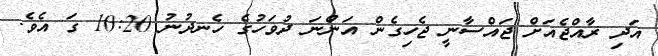
އަދި ރާއްޖެއަށް ޖައްސާނީ ޖެހިގެން އަންނަ ދުވަހުގެ ހެނދުނު 10:20 ގަ އެވެ.